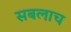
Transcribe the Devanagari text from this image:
सबलाच